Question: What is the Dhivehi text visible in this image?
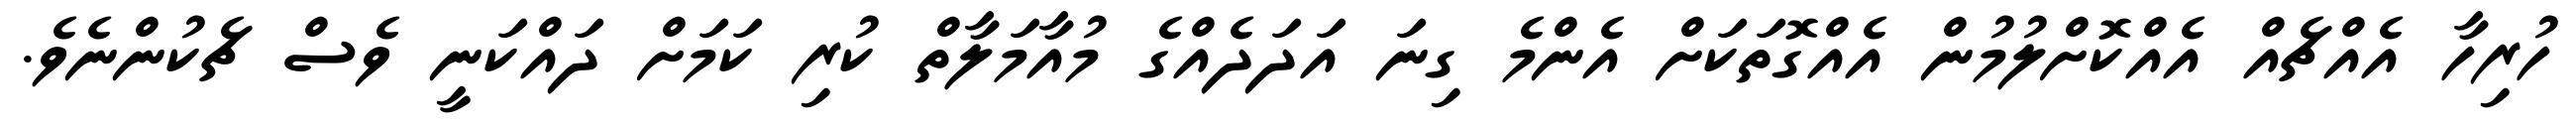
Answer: ހުރިހާ އެއްޗެއް އެއްކޮށްލުމުން އެއްގޮތަކަށް އެންމެ ގިނަ އަދަދެއްގެ މުއާމަލާތް ކުރި ކަމަށް ދައްކަނީ ވެސް ޗެކުންނެވެ.